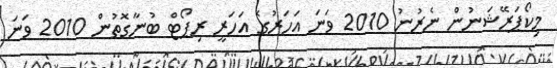
މިކޯޕަރޭޝަނުން ނެރުނު 2010 ވަނަ އަހަރުގެ އަހަރީ ރިޕޯޓް ބުނާގޮތުން 2010 ވަނަ